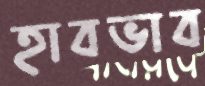
হাবভাব